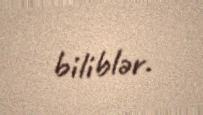
biliblər.